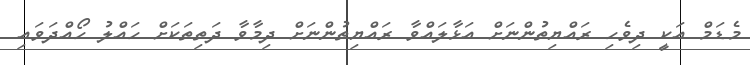
މެޑަމް އަކީ ދިވެހި ރައްޔިތުންނަށް އަޅާލައްވާ ރައްޔިތުންނަށް ދިމާވާ ދަތިތަކަށް ހައްލު ހޯއްދަވައި